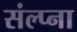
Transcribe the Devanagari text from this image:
संल्प्ना